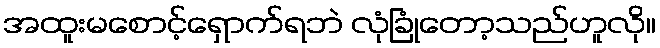
အထူးမစောင့်ရှောက်ရဘဲ လုံခြုံတော့သည်ဟူလို။